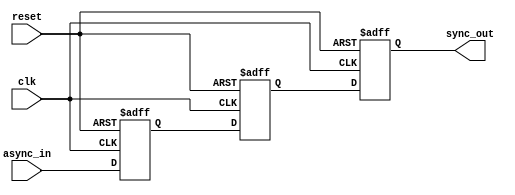
module meta_stability_filter (
    input wire clk,          // Clock signal
    input wire async_in,     // Asynchronous input signal
    input wire reset,        // Optional reset signal
    output reg sync_out      // Synchronized output signal
);

    // Internal signals for the two flip-flops
    reg ff1, ff2;

    // Two-stage synchronization process
    always @(posedge clk or posedge reset) begin
        if (reset) begin
            ff1 <= 1'b0;      // Initialize FF1 to a known state
            ff2 <= 1'b0;      // Initialize FF2 to a known state
            sync_out <= 1'b0; // Initialize output to a known state
        end else begin
            ff1 <= async_in;  // Sample the asynchronous input
            ff2 <= ff1;       // Sample the output of FF1
            sync_out <= ff2;  // Output the result from FF2
        end
    end

endmodule